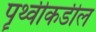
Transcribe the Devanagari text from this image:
पॄथ्वीकडील